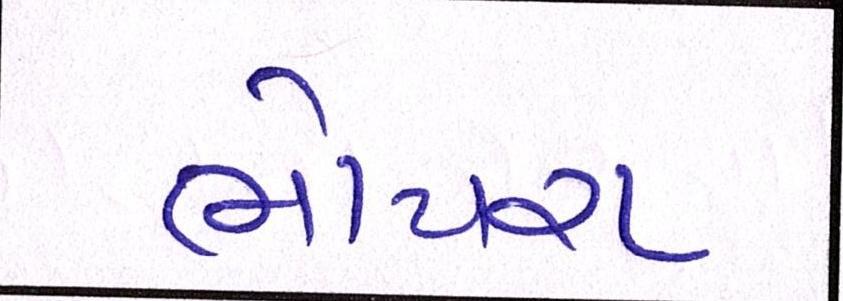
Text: ભોયરા